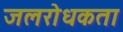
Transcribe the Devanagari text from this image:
जलरोधकता